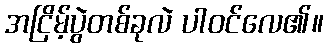
အငြိမ့်ပွဲတစ်ခုလဲ ပါဝင်လေ၏။